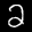
Label: 2